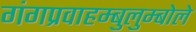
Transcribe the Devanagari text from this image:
गंगप्रवाहम्बुलुम्बोले